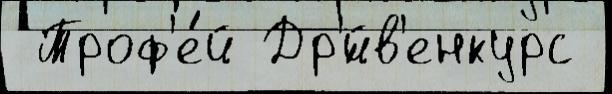
 Троф'е́й Др'́йв'енкурс